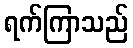
ရက်ကြာသည်